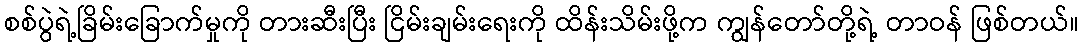
စစ်ပွဲရဲ့ခြိမ်းခြောက်မှုကို တားဆီးပြီး ငြိမ်းချမ်းရေးကို ထိန်းသိမ်းဖို့က ကျွန်တော်တို့ရဲ့ တာဝန် ဖြစ်တယ်။